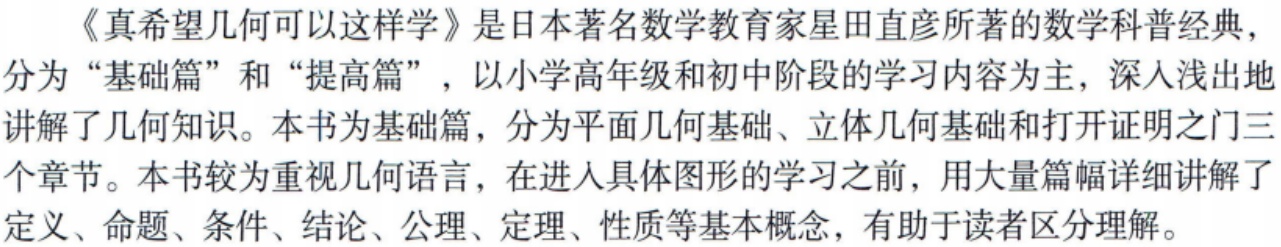
《真希望几何可以这样学》是日本著名数学教育家星田直彦所著的数学科普经典，分为“基础篇”和“提高篇”，以小学高年级和初中阶段的学习内容为主，深入浅出地讲解了几何知识。本书为基础篇，分为平面几何基础、立体几何基础和打开证明之门三个章节。本书较为重视几何语言，在进入具体图形的学习之前，用大量篇幅详细讲解了定义、命题、条件、结论、公理、定理、性质等基本概念，有助于读者区分理解。